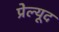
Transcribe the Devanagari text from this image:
प्रेल्यूद